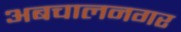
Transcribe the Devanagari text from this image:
अबचालनगर